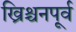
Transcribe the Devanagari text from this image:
ख्रिश्चनपूर्व